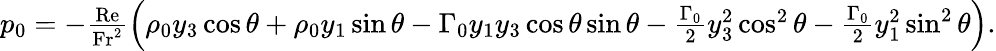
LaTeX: \begin{array}{r}{p_{0}=-\frac{\mathrm{Re}}{\mathrm{Fr^{2}}}\left(\rho_{0}y_{3}\cos\theta+\rho_{0}y_{1}\sin\theta-\Gamma_{0}y_{1}y_{3}\cos\theta\sin\theta-\frac{\Gamma_{0}}{2}y_{3}^{2}\cos^{2}\theta-\frac{\Gamma_{0}}{2}y_{1}^{2}\sin^{2}\theta\right).}\end{array}